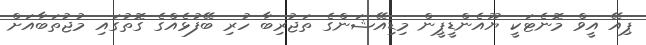
ޕިއޭ އީވް މޮނެޓަކީ ޔޫއެންޑީޕީން މިޑިއޭޝަންގެ ތަޖުރިބާ ހުރި ބޭފުޅެއްގެ ގޮތުގައި މުޖުތަބާއަށް